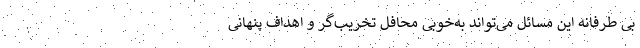
بی طرفانه این مسائل می‌تواند به‌خوبی محافل تخریب‌گر و اهداف پنهانی